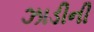
ઝાડીની